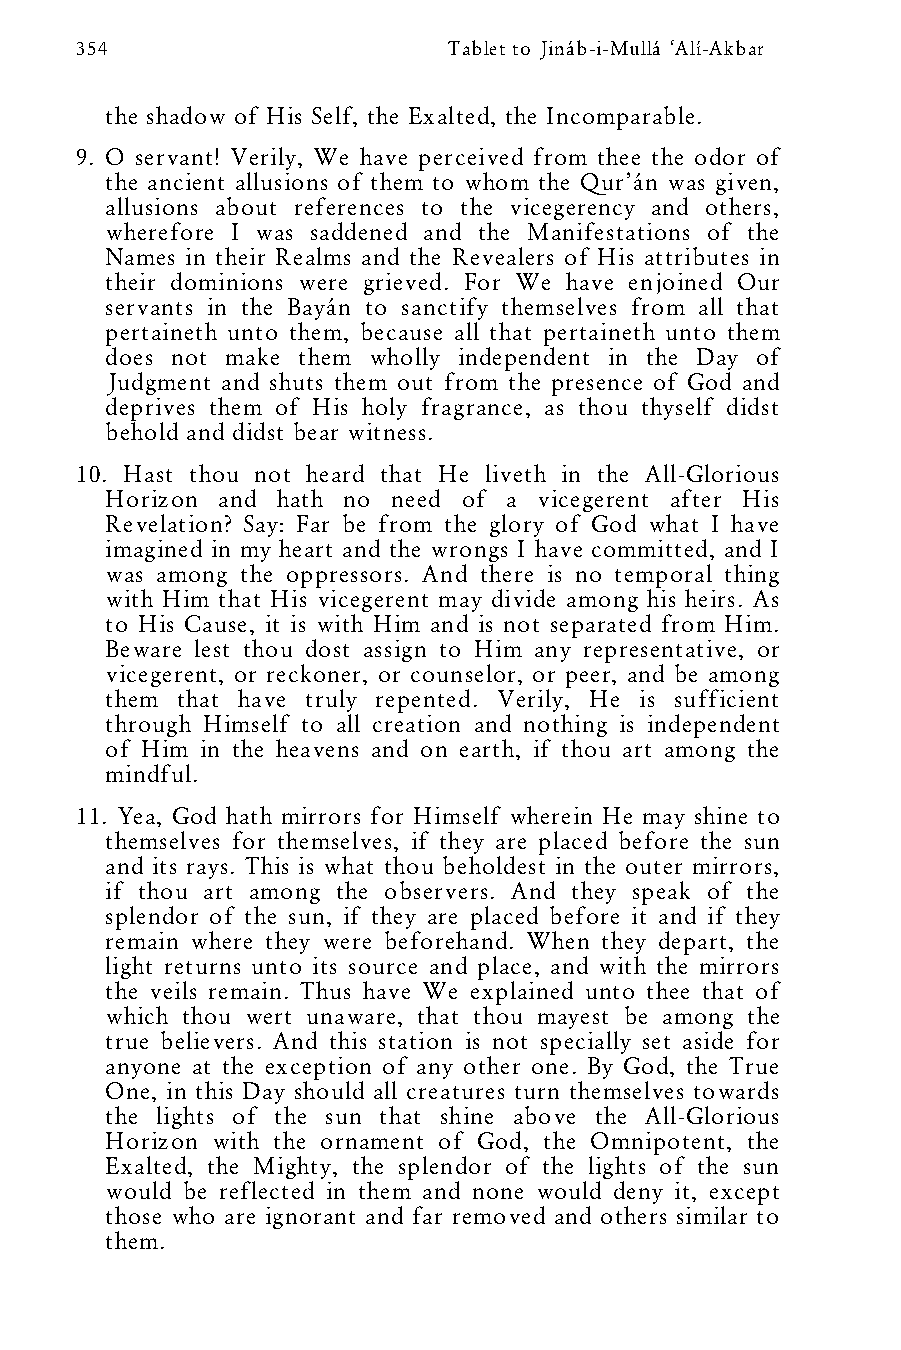
354                      Tablet to Jináb-i-Mullá ‘Alí-Akbar
 the shadow of His Self, the Exalted, the Incomparable.
 9. O servant! Verily, We have perceived from thee the odor of
 the ancient allusions of them to whom the Qur’án was given,
 allusions about references to the vicegerency and others,
 wherefore I was saddened and the Manifestations of the
 Names in their Realms and the Revealers of His attributes in
 their dominions were grieved. For We have enjoined Our
 servants in the Bayán to sanctify themselves from all that
 pertaineth unto them, because all that pertaineth unto them
 does not make them wholly independent in the Day of
 Judgment and shuts them out from the presence of God and
 deprives them of His holy fragrance, as thou thyself didst
 behold and didst bear witness.
 10. Hast thou not heard that He liveth in the All-Glorious
 Horizon and hath no need of a vicegerent after His
 Revelation? Say: Far be from the glory of God what I have
 imagined in my heart and the wrongs I have committed, and I
 was among the oppressors. And there is no temporal thing
 with Him that His vicegerent may divide among his heirs. As
 to His Cause, it is with Him and is not separated from Him.
 Beware lest thou dost assign to Him any representative, or
 vicegerent, or reckoner, or counselor, or peer, and be among
 them that have truly repented. Verily, He is sufficient
 through Himself to all creation and nothing is independent
 of Him in the heavens and on earth, if thou art among the
 mindful.
 11. Yea, God hath mirrors for Himself wherein He may shine to
 themselves for themselves, if they are placed before the sun
 and its rays. This is what thou beholdest in the outer mirrors,
 if thou art among the observers. And they speak of the
 splendor of the sun, if they are placed before it and if they
 remain where they were beforehand. When they depart, the
 light returns unto its source and place, and with the mirrors
 the veils remain. Thus have We explained unto thee that of
 which thou wert unaware, that thou mayest be among the
 true believers. And this station is not specially set aside for
 anyone at the exception of any other one. By God, the True
 One, in this Day should all creatures turn themselves towards
 the lights of the sun that shine above the All-Glorious
 Horizon with the ornament of God, the Omnipotent, the
 Exalted, the Mighty, the splendor of the lights of the sun
 would be reflected in them and none would deny it, except
 those who are ignorant and far removed and others similar to
 them.